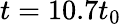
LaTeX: t=10.7{{t}_{0}}